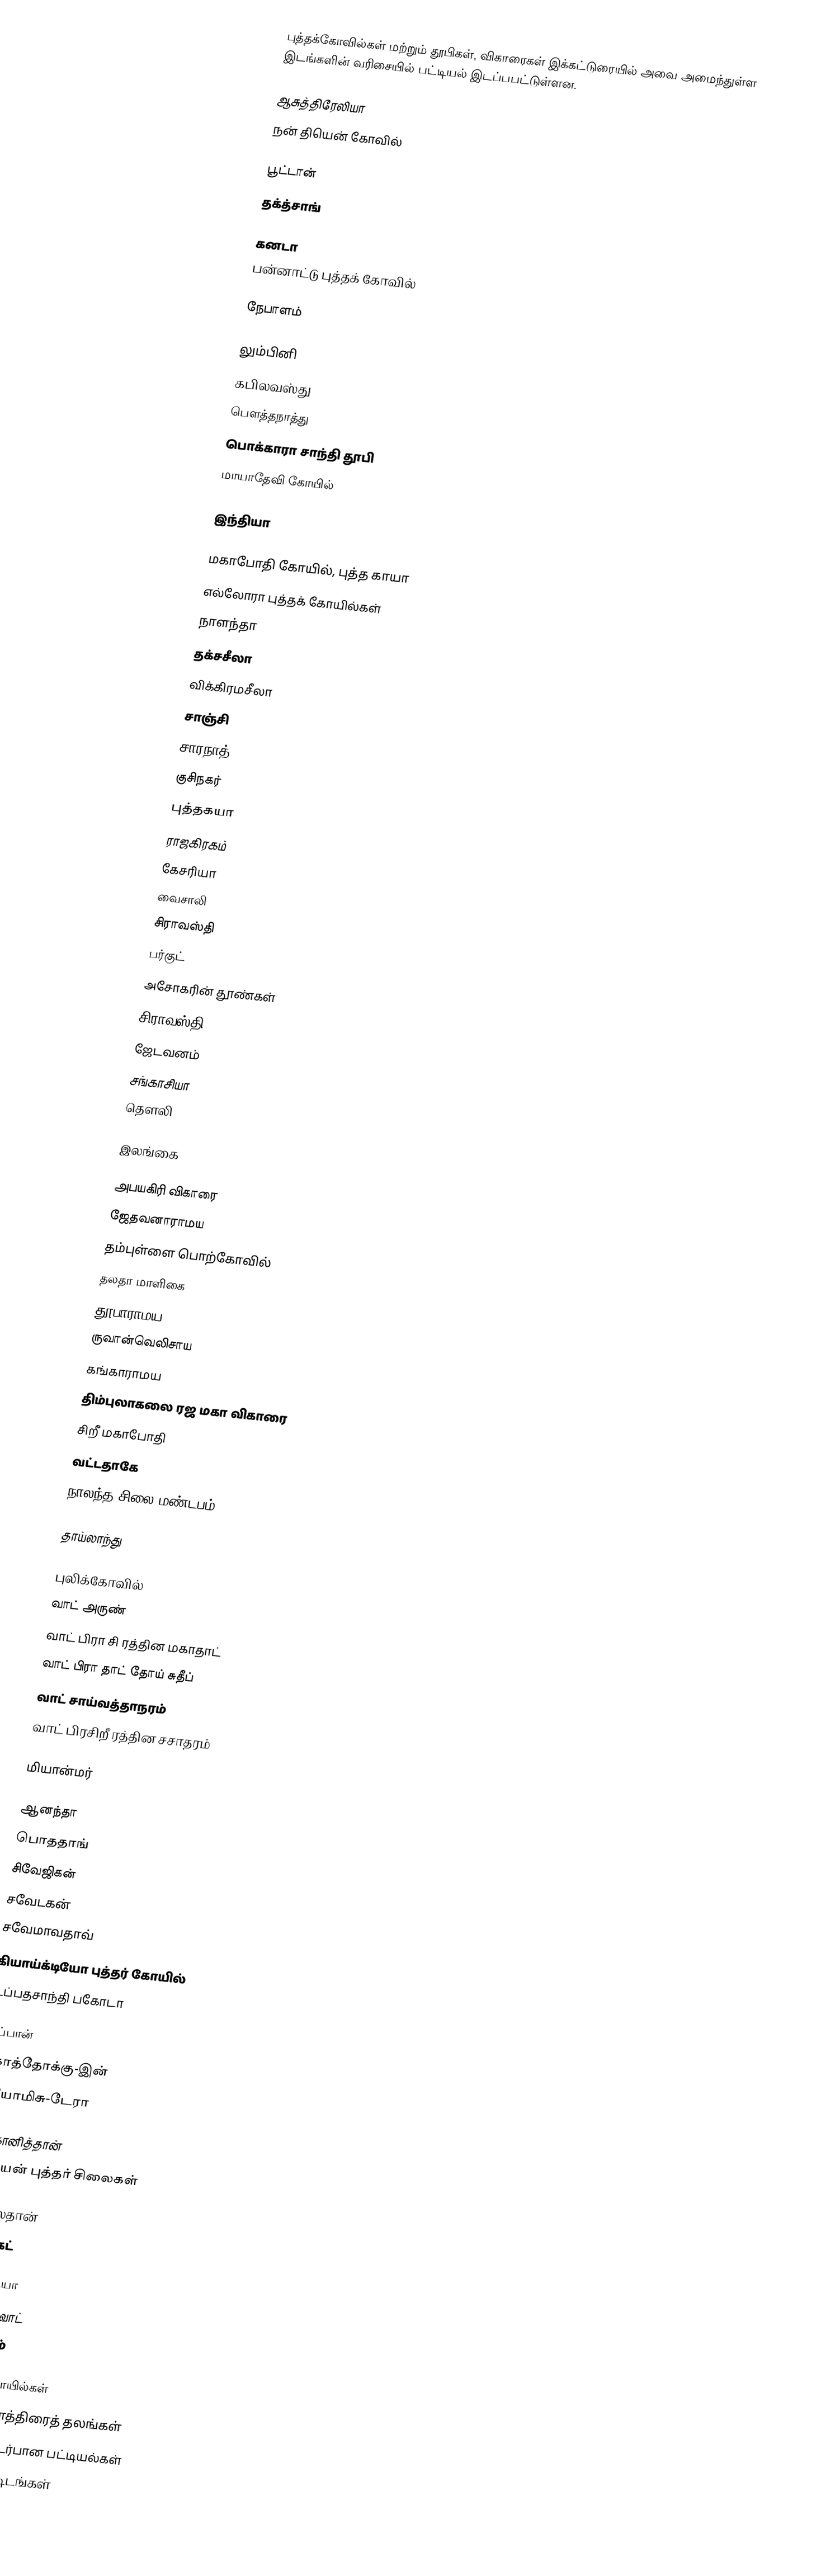
புத்தக்கோவில்கள் மற்றும் தூபிகள், விகாரைகள்  இக்கட்டுரையில் அவை அமைந்துள்ள இடங்களின் வரிசையில் பட்டியல் இடப்பபட்டுள்ளன.

ஆசுத்திரேலியா
 நன் தியென் கோவில்

பூட்டான்
 தக்த்சாங்

கனடா
 பன்னாட்டு புத்தக் கோவில்

நேபாளம்

 லும்பினி
 கபிலவஸ்து
 பௌத்தநாத்து
 பொக்காரா சாந்தி தூபி
 மாயாதேவி கோயில்

இந்தியா

 மகாபோதி கோயில், புத்த காயா
 எல்லோரா புத்தக் கோயில்கள்
 நாளந்தா
 தக்சசீலா
 விக்கிரமசீலா
 சாஞ்சி
 சாரநாத்
 குசிநகர்
 புத்தகயா
 ராஜகிரகம்
 கேசரியா
 வைசாலி
 சிராவஸ்தி
 பர்குட்
 அசோகரின் தூண்கள்
 சிராவஸ்தி
 ஜேடவனம்
 சங்காசியா
 தௌலி

இலங்கை

 அபயகிரி விகாரை
 ஜேதவனாராமய
 தம்புள்ளை பொற்கோவில்
 தலதா மாளிகை
 தூபாராமய
 ருவான்வெலிசாய
 கங்காராமய
 திம்புலாகலை ரஜ மகா விகாரை
 சிறீ மகாபோதி
 வட்டதாகே
 நாலந்த சிலை மண்டபம்

தாய்லாந்து

 புலிக்கோவில்
 வாட் அருண்
 வாட் பிரா சி ரத்தின மகாதாட்
 வாட் பிரா தாட் தோய் சுதீப்
 வாட் சாய்வத்தாநரம்
 வாட் பிரசிறீ ரத்தின சசாதரம்

மியான்மர்

 ஆனந்தா
 பொததாங்
 சிவேஜிகன்
 சவேடகன்
 சவேமாவதாவ்
 கியாய்க்டியோ புத்தர் கோயில்
 உப்பதசாந்தி பகோடா

நிப்பான்
 கோத்தோக்கு-இன்
 கியோமிசு-டேரா

ஆப்கானித்தான்
 பாமியன் புத்தர் சிலைகள்

பாகிஸ்தான்
 ராணிகட்

கம்போடியா
 அங்கோர் வாட்
 தா புரோம்

பௌத்த கோயில்கள்
பௌத்த யாத்திரைத் தலங்கள்
சமயம் தொடர்பான பட்டியல்கள்
பௌத்த கட்டிடங்கள்